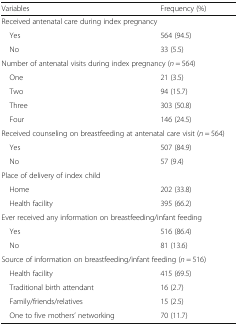
| Variables | Frequency (%) |
 | --- | --- |
 | <COLSPAN=2> Received antenatal care during index pregnancy |
 | Yes | 564 (94.5) |
 | No | 33 (5.5) |
 | <COLSPAN=2> Number of antenatal visits during index pregnancy (n = 564) |
 | One | 21 (3.5) |
 | Two | 94 (15.7) |
 | Three | 303 (50.8) |
 | Four | 146 (24.5) |
 | <COLSPAN=2> Received counseling on breastfeeding at antenatal care visit (n = 564) |
 | Yes | 507 (84.9) |
 | No | 57 (9.4) |
 | <COLSPAN=2> Place of delivery of index child |
 | Home | 202 (33.8) |
 | Health facility | 395 (66.2) |
 | <COLSPAN=2> Ever received any information on breastfeeding/infant feeding |
 | Yes | 516 (86.4) |
 | No | 81 (13.6) |
 | <COLSPAN=2> Source of information on breastfeeding/infant feeding (n = 516) |
 | Health facility | 415 (69.5) |
 | Traditional birth attendant | 16 (2.7) |
 | Family/friends/relatives | 15 (2.5) |
 | One to five mothers’ networking | 70 (11.7) |